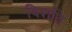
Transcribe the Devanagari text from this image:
विशति